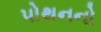
પોથનનો